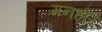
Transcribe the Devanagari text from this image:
मनहोर